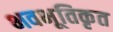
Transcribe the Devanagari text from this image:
भवभूतिकृत